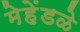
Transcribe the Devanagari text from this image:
मेहेंडळे